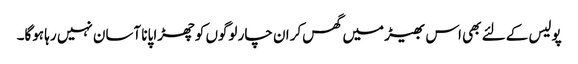
پولیس کے لئے بھی اس بھیڑ میں گھس‌کر ان چار لوگوں کو چھڑا پانا آسان نہیں رہا ہوگا۔